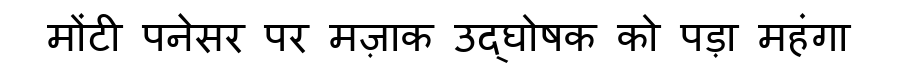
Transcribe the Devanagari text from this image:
मोंटी पनेसर पर मज़ाक उद्घोषक को पड़ा महंगा